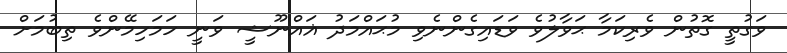
ވަގުތީ ގޮތުން ވެރިކަމާ ޙަވާލުވެ ވަޑައިގެންނެވި މުޙައްމަދު ޣައްނޫޝީ ވަނީ ހަމަހިމޭންވެ ތިބުމަށް